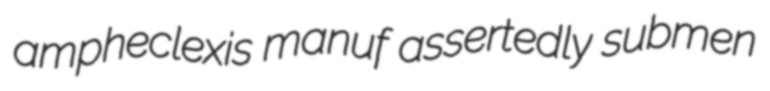
ampheclexis manuf assertedly submen